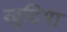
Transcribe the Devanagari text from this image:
खुद्रिया